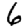
Digit: 6